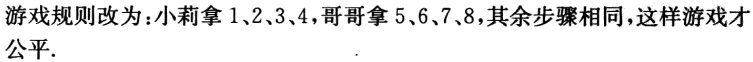
游戏规则改为：小莉拿1、2、3、4，哥哥拿5、6、7、8，其余步骤相同，这样游戏才公平.